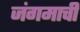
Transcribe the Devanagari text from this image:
जंगमाची